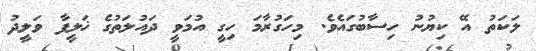
ލަކަތު އޭ ކިޔުނު ހިސާބުގައެވެ. މިހަގުރާމަ ހިގީ އުމަވީ ދައުލަތުގެ ޚަލީފާ ވަލީދު